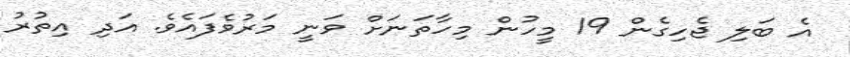
އެ ބަލި ޖެހިގެން 19 މީހުން މިހާތަނަށް ވަނީ މަރުވެފައެވެ. އަދި އިތުރު